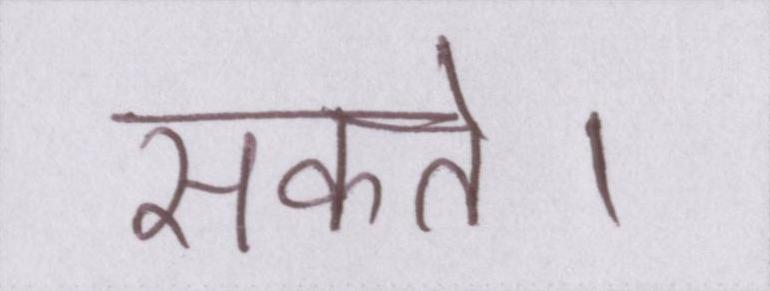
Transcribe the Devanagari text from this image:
सकते।